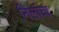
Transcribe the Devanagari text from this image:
निलांचा